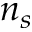
n _ { s }